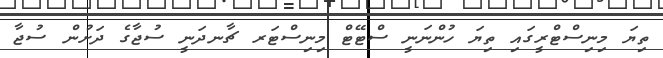
ތިޔަ މިނިސްޓްރީގައި ތިޔަ ހުންނަނީ ސްޓޭޓް މިނިސްޓަރ ޗާނދަނީ ސުޖާގެ ދަށުން ސުޖާ